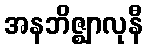
အနဘိဇ္ဈာလုနီ